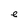
Character: e